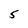
Character: 5